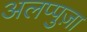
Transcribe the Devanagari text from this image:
अलप्पुज़ा